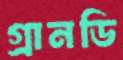
গ্রানডি